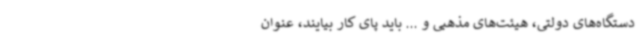
دستگاه‌های دولتی، هیئت‌های مذهبی و ... باید پای کار بیایند، عنوان